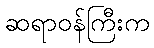
ဆရာဝန်ကြီးက